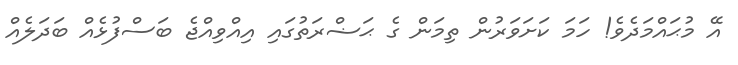
އޭ މުޙައްމަދެވެ! ހަމަ ކަށަވަރުން ތިމަން ގެ ޙަޟްރަތުގައި އިއްވިއްޖެ ބަސްފުޅެއް ބަދަލެއް